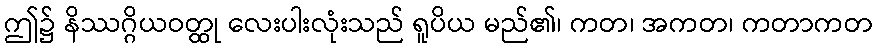
ဤ၌ နိဿဂ္ဂိယဝတ္ထု လေးပါးလုံးသည် ရူပိယ မည်၏၊ ကတ၊ အကတ၊ ကတာကတ